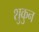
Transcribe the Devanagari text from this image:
शुकुन